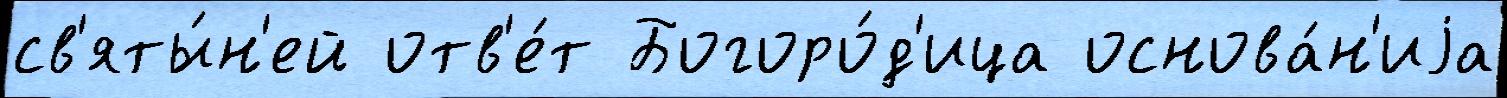
св'яты́н'ей отв'е́т Богоро́д'ица основа́н'иjа